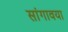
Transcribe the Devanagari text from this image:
सांगावया